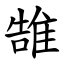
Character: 䧼